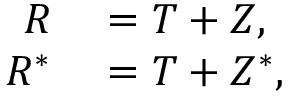
\begin{array} { r l } { R } & { { } = T + Z , } \\ { R ^ { * } } & { { } = T + Z ^ { * } , } \end{array}